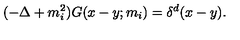
( - \Delta + m _ { i } ^ { 2 } ) G ( x - y ; m _ { i } ) = \delta ^ { d } ( x - y ) .